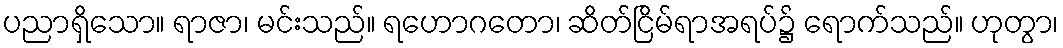
ပညာရှိသော။ ရာဇာ၊ မင်းသည်။ ရဟောဂတော၊ ဆိတ်ငြိမ်ရာအရပ်၌ ရောက်သည်။ ဟုတွာ၊